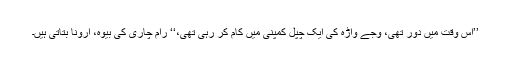
’’اس وقت میں دور تھی، وجے واڑہ کی ایک چپل کمپنی میں کام کر رہی تھی،‘‘ رام چاری کی بیوہ، ارونا بتاتی ہیں۔